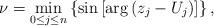
LaTeX: \begin{align*} \nu=\min_{0\le j \le n} \left\{\sin\left[ \arg\left(z_j - U_j \right) \right] \right\}, \end{align*}